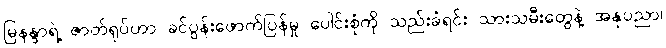
မြနန္ဒာရဲ့ ဇာတ်ရုပ်ဟာ ခင်ပွန်းဖောက်ပြန်မှု ပေါင်းစုံကို သည်းခံရင်း သားသမီးတွေနဲ့ အနုပညာ၊